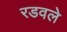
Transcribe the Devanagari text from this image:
रडवले